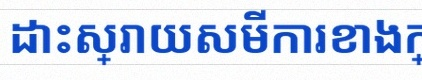
ដោះស្រាយសមីការខាងក្រោម